Plague in India, 1896, 1897 - Volume 1
Year: 1896
Disease focus: Plague
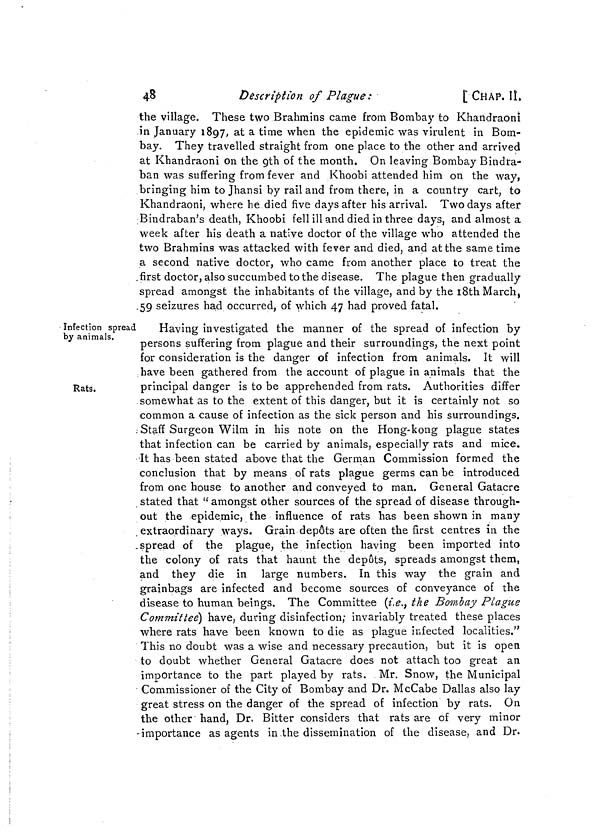
48
Description of Plague :
t CHAP. IL
the village. These two Brahmins came from Bombay to Khandraoni
in January 1897, at a time when the epidemic was virulent in Bom-
bay. They travelled straight from one place to the other and arrived
at Khandraoni on the 9th of the month. On leaving Bombay Bindra-
ban was suffering from fever and Khoobi attended him on the way,
bringing him to Jhansi by rail and from there, in a country cart, to
Khandraoni, where he died five days after his arrival. Two days after
Bindraban's death, Khoobi fell ill and died in three days, and almost a
week after his death a native doctor of the village who attended the
two Brahmins was attacked with fever and died, and at the same time
a second native doctor, who came from another place to treat the
first doctor, also succumbed to the disease. The plague then gradually
spread amongst the inhabitants of the village, and by the 18th March,
59 seizures had occurred, of which 47 had proved fatal.
Infection spread
by animals.
Rats.
Having investigated the manner of the spread of infection by
persons suffering from plague and their surroundings, the next point
for consideration is the danger of infection from animals. It will
have been gathered from the account of plague in animals that the
principal danger is to be apprehended from rats. Authorities differ
somewhat as to the extent of this danger, but it is certainly not so
common a cause of infection as the sick person and his surroundings.
Staff Surgeon Wilm in his note on the Hong-kong plague states
that infection can be carried by animals, especially rats and mice.
It has been stated above that the German Commission formed the
conclusion that by means of rats plague germs can be introduced
from one house to another and conveyed to man. General Gatacre
stated that " amongst other sources of the spread of disease through-
out the epidemic, the influence of rats has been shown in many
extraordinary ways. Grain depots are often the first centres in the
spread of the plague, the infection having been imported into
the colony of rats that haunt the depôts, spreads amongst them,
and they die in large numbers. In this way the grain and
grainbags are infected and become sources of conveyance of the
disease to human beings. The Committee (i.e.) the Bombay Plague
Committee) have, during disinfection; invariably treated these places
where rats have been known to die as plague infected localities."
This no doubt was a wise and necessary precaution, but it is open
to doubt whether General Gatacre does not attach too great an
importance to the part played by rats. . Mr. Snow, the Municipal
Commissioner of the City of Bombay and Dr. McCabe Dallas also lay
great stress on the danger of the spread of infection by rats. On
the other hand, Dr. Bitter considers that rats are of very minor
-importance as agents in the dissemination of the disease, and Dr.